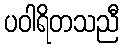
ပဝါရိတသညီ